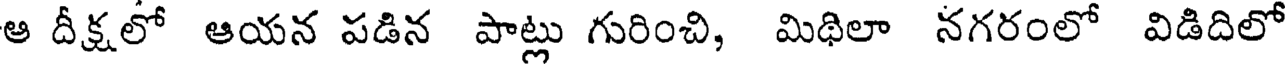
ఆ దీక్షలో ఆయన పడిన పాట్లు గురించి, మిథిలా నగరంలో విడిదిలో